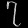
Digit: ၇